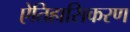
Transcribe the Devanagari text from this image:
ऐतिहासिकरण